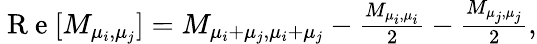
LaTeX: \begin{array}{r}{\mathrm{~R~e~}[M_{\mu_{i},\mu_{j}}]=M_{\mu_{i}+\mu_{j},\mu_{i}+\mu_{j}}-\frac{M_{\mu_{i},\mu_{i}}}{2}-\frac{M_{\mu_{j},\mu_{j}}}{2},}\end{array}